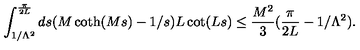
\int _ { 1 / \Lambda ^ { 2 } } ^ { \frac { \pi } { 2 L } } d s ( M \coth ( M s ) - 1 / s ) L \cot ( L s ) \le \frac { M ^ { 2 } } { 3 } ( \frac { \pi } { 2 L } - 1 / \Lambda ^ { 2 } ) .